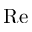
\mathrm { R e }